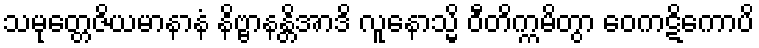
သမုတ္တေဇိယမာနာနံ နိဗ္ဗာနန္တိအာဒိ လူနောသ္မိ ဝီတိက္ကမိတွာ ဝေကဋိကောပိ